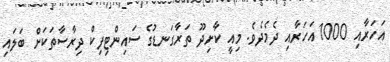
އަހަރާއި 1000 އަހަރާއި ދެމެދެވެ. މިއީ ކާށިދޫ ތަރާގަނޑުގެ ސައިންޓިފިކް ދިރާސާތަަކަށް ބަލައި